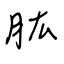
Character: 肱